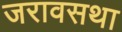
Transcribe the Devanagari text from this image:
जरावसथा